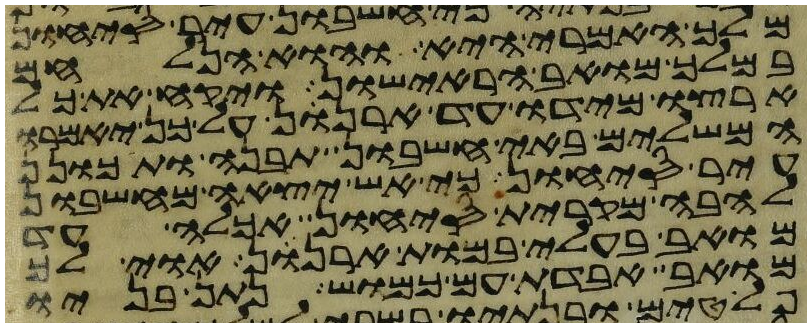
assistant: מלך האמרי היא והוא הנלחם
במלך מואב הראישון ויקח את כל
ארצו מידו עד ארנן על כן יאמרו
המשלים באי חשבון תבנה ותתכונן
עיר סיחון כי אש יצאה מחשבון
להבה מקרית סיחון אכלה עד
מואב בעלי במות ארנן אוי לך
מואב אבדת עם כמוש נתן בניו